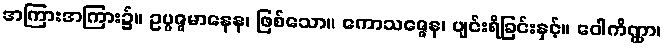
အကြားအကြား၌။ ဥပ္ပဇ္ဇမာနေန၊ ဖြစ်သော။ ကောသဇ္ဇေန၊ ပျင်းရိခြင်းနှင့်။ ဝေါကိဏ္ဏာ၊